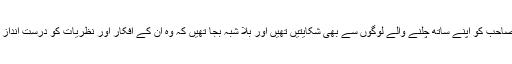
سردار خالد ابراہیم خان صاحب کو اپنے ساتھ چلنے والے لوگوں سے بھی شکایتیں تھیں اور بلا شبہ بجا تھیں کہ وہ ان کے افکار اور نظریات کو درست انداز میں سمجھ نہیں پا رہے۔